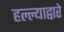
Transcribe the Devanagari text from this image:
हल्ल्याद्वारे